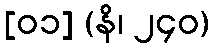
[၀၁] (နိ၊ ၂၄၀)